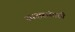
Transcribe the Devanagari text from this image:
साक्षरांसाठी